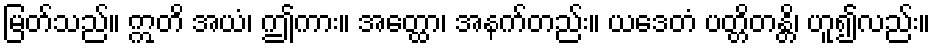
မြတ်သည်။ ဣတိ အယံ၊ ဤကား။ အတ္ထော၊ အနက်တည်း။ ယဒေတံ ပတ္တိတန္တိ၊ ဟူ၍လည်း။